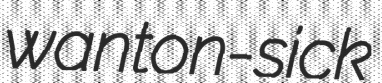
wanton-sick